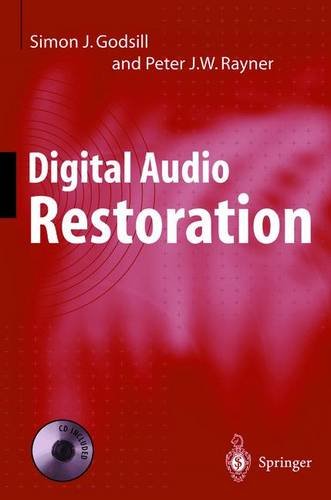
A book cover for Digital Audio Restoration; Simon J. Godsill; Crafts, Hobbies & Home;